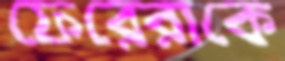
ফেরেরাকে